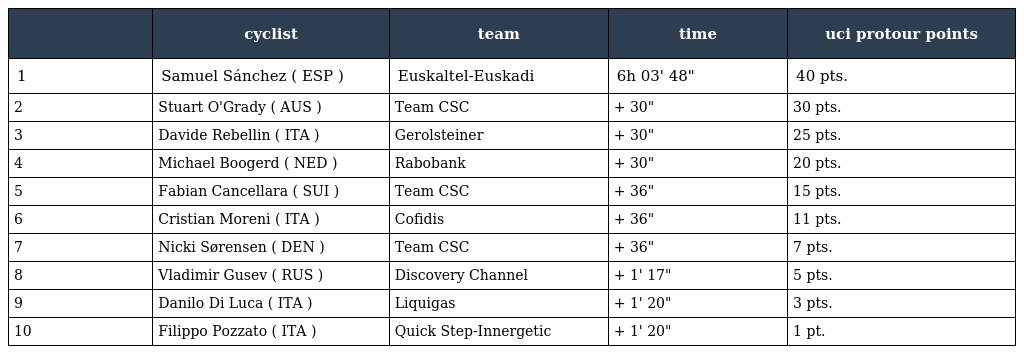
|  | cyclist | team | time | uci protour points |
 | --- | --- | --- | --- | --- |
 | 1 | Samuel Sánchez ( ESP ) | Euskaltel-Euskadi | 6h 03' 48" | 40 pts. |
 | 2 | Stuart O'Grady ( AUS ) | Team CSC | + 30" | 30 pts. |
 | 3 | Davide Rebellin ( ITA ) | Gerolsteiner | + 30" | 25 pts. |
 | 4 | Michael Boogerd ( NED ) | Rabobank | + 30" | 20 pts. |
 | 5 | Fabian Cancellara ( SUI ) | Team CSC | + 36" | 15 pts. |
 | 6 | Cristian Moreni ( ITA ) | Cofidis | + 36" | 11 pts. |
 | 7 | Nicki Sørensen ( DEN ) | Team CSC | + 36" | 7 pts. |
 | 8 | Vladimir Gusev ( RUS ) | Discovery Channel | + 1' 17" | 5 pts. |
 | 9 | Danilo Di Luca ( ITA ) | Liquigas | + 1' 20" | 3 pts. |
 | 10 | Filippo Pozzato ( ITA ) | Quick Step-Innergetic | + 1' 20" | 1 pt. |